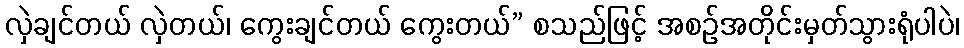
လှဲချင်တယ် လှဲတယ်၊ ကွေးချင်တယ် ကွေးတယ်” စသည်ဖြင့် အစဉ်အတိုင်းမှတ်သွားရုံပါပဲ၊